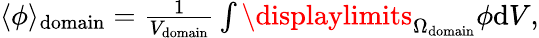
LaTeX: \begin{array}{r}{\langle\phi\rangle_{\mathrm{domain}}=\frac{1}{V_{\mathrm{domain}}}\int\displaylimits_{\Omega_{\mathrm{domain}}}\phi\mathrm{d}V,}\end{array}